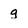
Character: g